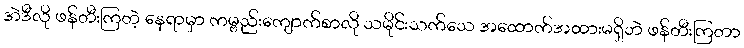
အဲဒီလို ဖန်တီးကြတဲ့ နေရာမှာ ကမ္ဗည်းကျောက်စာလို သမိုင်းသက်သေ အထောက်အထားမရှိဘဲ ဖန်တီးကြတာ